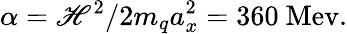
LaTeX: \alpha=\mathscr{H}^{2}/2m_{q}a_{x}^{2}=360\mathrm{{~Mev.}}